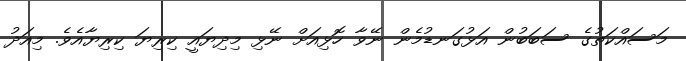
މަސައްކަތުގެ ސަބަބުން އަޅުގަނޑުމެން ނޭވާ ހޮޅިއަށް ނޭޅި މިދިޔައީ ކިރިޔަ ކިރިޔާއެވެ. މިއަދު